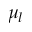
\mu _ { l }